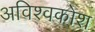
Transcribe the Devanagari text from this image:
अविश्वकोश